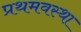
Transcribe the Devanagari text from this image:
प्रथमवस्था